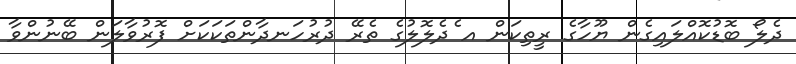
ދެލޯ ބޮޑުކޮއްލައިގެން ޔޫހާގެ ރީތިކަން އ ެދެލޮލުގެ ތެރޭ ދުރުހަނދާންތަކަކަށް ފޮރުވާލަން ބޭނުންވާ